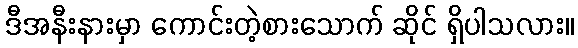
ဒီအနီးနားမှာ ကောင်းတဲ့စားသောက် ဆိုင် ရှိပါသလား။